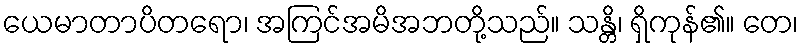
ယေမာတာပိတရော၊ အကြင်အမိအဘတို့သည်။ သန္တိ၊ ရှိကုန်၏။ တေ၊